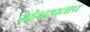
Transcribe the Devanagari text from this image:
महेन्द्रपताप